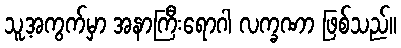
သူ့အကွက်မှာ အနာကြီးရောဂါ လက္ခဏာ ဖြစ်သည်။